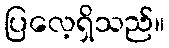
ပြလေ့ရှိသည်။